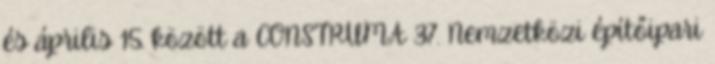
és április 15. között a CONSTRUMA 37. Nemzetközi építőipari